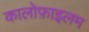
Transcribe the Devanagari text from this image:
कालोफ़ाइलम